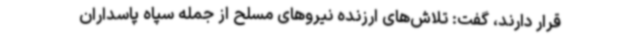
قرار دارند، گفت: تلاش‌های ارزنده نیروهای مسلح از جمله سپاه پاسداران